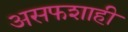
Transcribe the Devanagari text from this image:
असफशाही